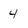
Character: 4